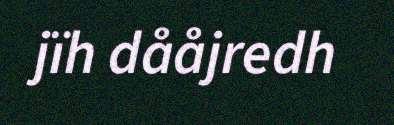
jïh dååjredh